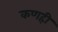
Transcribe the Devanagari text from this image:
कणही